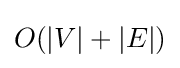
O(|V|+|E|)